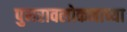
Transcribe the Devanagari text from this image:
पुनरावलोकनाच्या